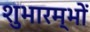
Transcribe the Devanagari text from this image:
शुभारम्भों